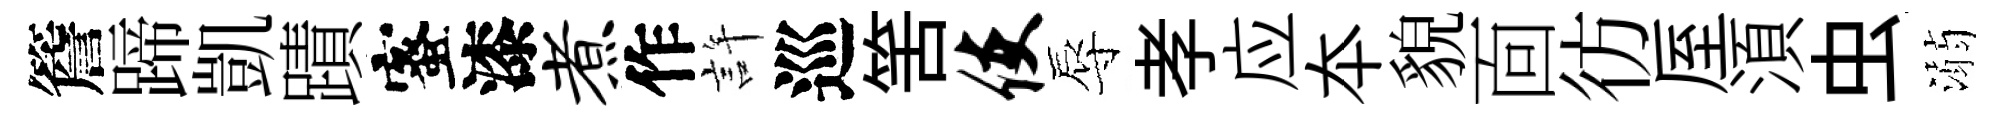
簷蹄凱蹟蜜漆煮作許巡筈使辱孝应夲貌靣彷厔湏虫溺